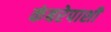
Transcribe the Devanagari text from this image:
कंबरेपाशी